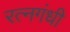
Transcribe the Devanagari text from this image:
रत्नगंधी